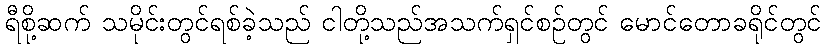
ရီစို့ဆက် သမိုင်းတွင်ရစ်ခဲ့သည် ငါတို့သည်အသက်ရှင်စဉ်တွင် မောင်တောခရိုင်တွင်